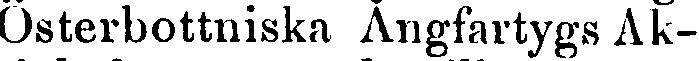
Österbottniska Ångfartygs Ak-